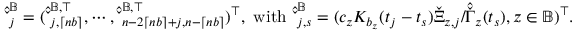
\begin{array} { r } { \hat { \check { \mathbf \Xi } } _ { j } ^ { \mathbb { B } } = ( \hat { \check { \mathbf \Xi } } _ { j , \lceil n b \rceil } ^ { \mathbb { B } , \top } , \cdots , \hat { \check { \mathbf \Xi } } _ { n - 2 \lceil n b \rceil + j , n - \lceil n b \rceil } ^ { \mathbb { B } , \top } ) ^ { \top } , ~ \mathrm { w i t h } ~ \hat { \check { \mathbf \Xi } } _ { j , s } ^ { \mathbb { B } } = ( c _ { z } K _ { b _ { z } } ( t _ { j } - t _ { s } ) \check { \Xi } _ { z , j } / \hat { \check { \Gamma } } _ { z } ( t _ { s } ) , z \in \mathbb { B } ) ^ { \top } . } \end{array}